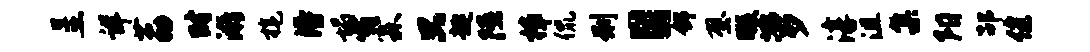
呈详荔时漪旄得塌嘶霖只趣隰樟侃刑目舒壁暇萝淳沮集阳劭健